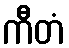
ကီတံ